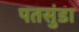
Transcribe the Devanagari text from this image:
पतसुंडा